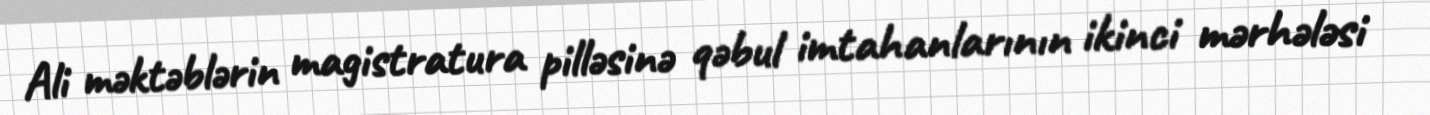
Ali məktəblərin magistratura pilləsinə qəbul imtahanlarının ikinci mərhələsi